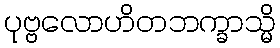
ပုဗ္ဗလောဟိတဘက္ခာသ္မိ